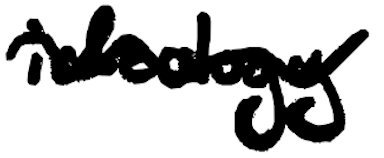
Text: ideology
Cross-out: mix
Writing tool: digital_black